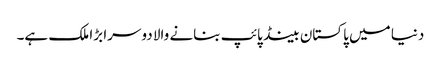
دنیا میں پاکستان بینڈ پائپ بنانے والا دوسرا بڑا ملک ہے۔